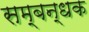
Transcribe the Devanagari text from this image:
सम्बन्धक